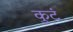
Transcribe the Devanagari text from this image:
कुटं